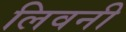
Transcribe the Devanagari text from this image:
लिवनी